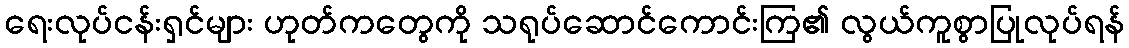
ရေးလုပ်ငန်းရှင်များ ဟုတ်ကတွေကို သရုပ်ဆောင်ကောင်းကြ၏ လွယ်ကူစွာပြုလုပ်ရန်